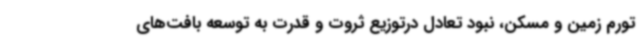
تورم زمین و مسکن، نبود تعادل درتوزیع ثروت و قدرت به توسعه بافت‌های